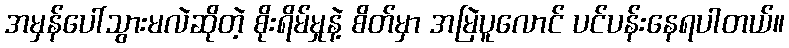
အမှန်ပေါ်သွားမလဲဆိုတဲ့ စိုးရိမ်မှုနဲ့ စိတ်မှာ အမြဲပူလောင် ပင်ပန်းနေရပါတယ်။